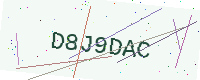
Text: D8J9DAC